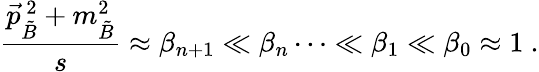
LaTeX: \frac{\vec{p}_{\tilde{B}}^{~2}+m_{\tilde{B}}^{2}}{s}\approx\beta_{n+1}\ll\beta_{n}\dots\ll\beta_{1}\ll\beta_{0}\approx 1\ .